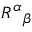
\scriptstyle { R ^ { \alpha } } _ { \beta }